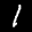
Label: 1